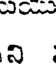
న